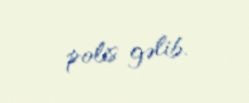
polis gəlib.